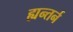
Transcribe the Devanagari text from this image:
ह्यन्तर्न